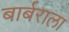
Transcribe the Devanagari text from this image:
बार्बराला